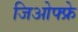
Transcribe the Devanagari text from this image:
जिओफ्फ्रे